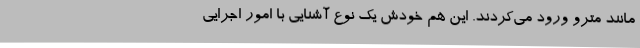
مانند مترو ورود می‌کردند. این هم خودش یک نوع آشنایی با امور اجرایی